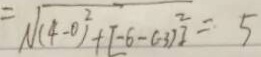
\sqrt { ( 4 - 0 ) ^ { 2 } + [ - 6 - ( 3 ) ^ { 2 } ] } = 5